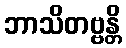
ဘာသိတဗ္ဗန္တိ